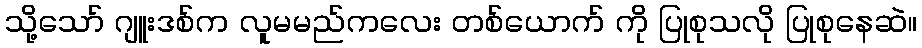
သို့သော် ဂျူးဒစ်က လူမမည်ကလေး တစ်ယောက် ကို ပြုစုသလို ပြုစုနေဆဲ။